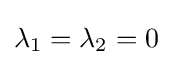
\lambda _{1}=\lambda _{2}=0